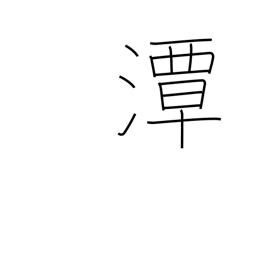
Meaning: deep water